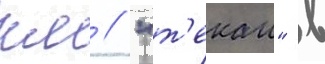
км // "т'екаи" в